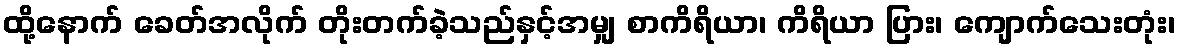
ထို့နောက် ခေတ်အလိုက် တိုးတက်ခဲ့သည်နှင့်အမျှ စာကိရိယာ၊ ကိရိယာ ပြား၊ ကျောက်သေးတုံး၊